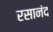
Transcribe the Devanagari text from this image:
रसानंद